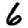
Digit: 6